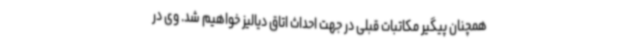
همچنان پیگیر مکاتبات قبلی در جهت احداث اتاق دیالیز خواهیم شد. وی در